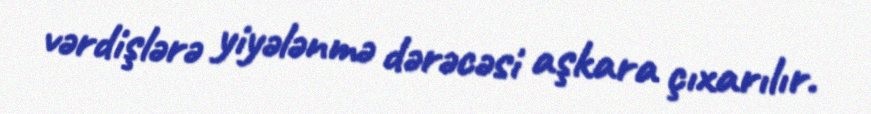
vərdişlərə yiyələnmə dərəcəsi aşkara çıxarılır.